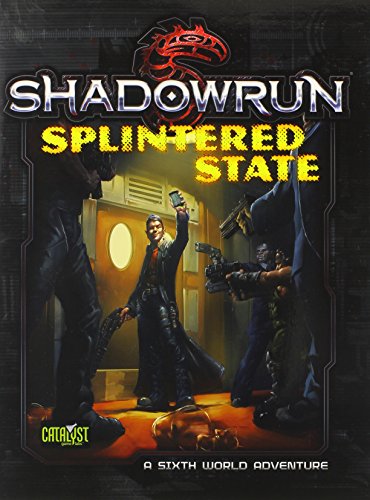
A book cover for Shadowrun Splintered State; Devon Oratz; Science Fiction & Fantasy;